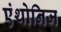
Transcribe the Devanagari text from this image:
एंथोनिज